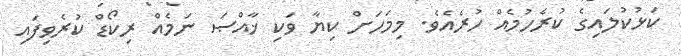
ކަޅުކުލައިގެ ކުރެހުމެއް ހުރެއެވެ. މިމަހަށް ކިޔާ ވަކި ޚާއްޞަ ނަމެއް ރިކޯޑް ކުރެވިފައި